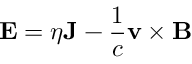
\mathbf { E } = \eta \mathbf { J } - \frac { 1 } { c } \mathbf { v } \times \mathbf { B }